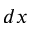
d x